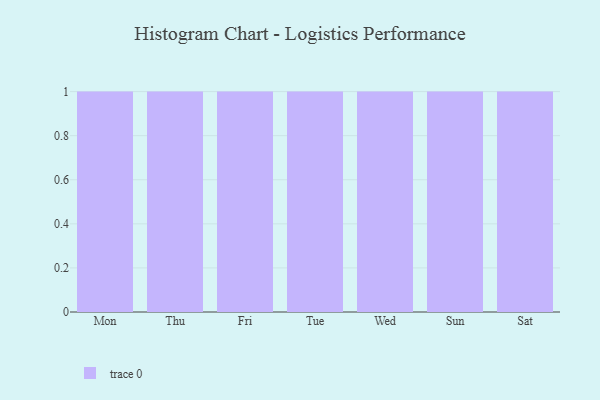
{"axis": {"x": "Day", "y": "Population (Million)"}, "legend": [""], "data": [{"x": "Mon", "y": 77, "type": ""}, {"x": "Thu", "y": 53, "type": ""}, {"x": "Fri", "y": 51, "type": ""}, {"x": "Tue", "y": 5, "type": ""}, {"x": "Wed", "y": 88, "type": ""}, {"x": "Sun", "y": 94, "type": ""}, {"x": "Sat", "y": 14, "type": ""}]}